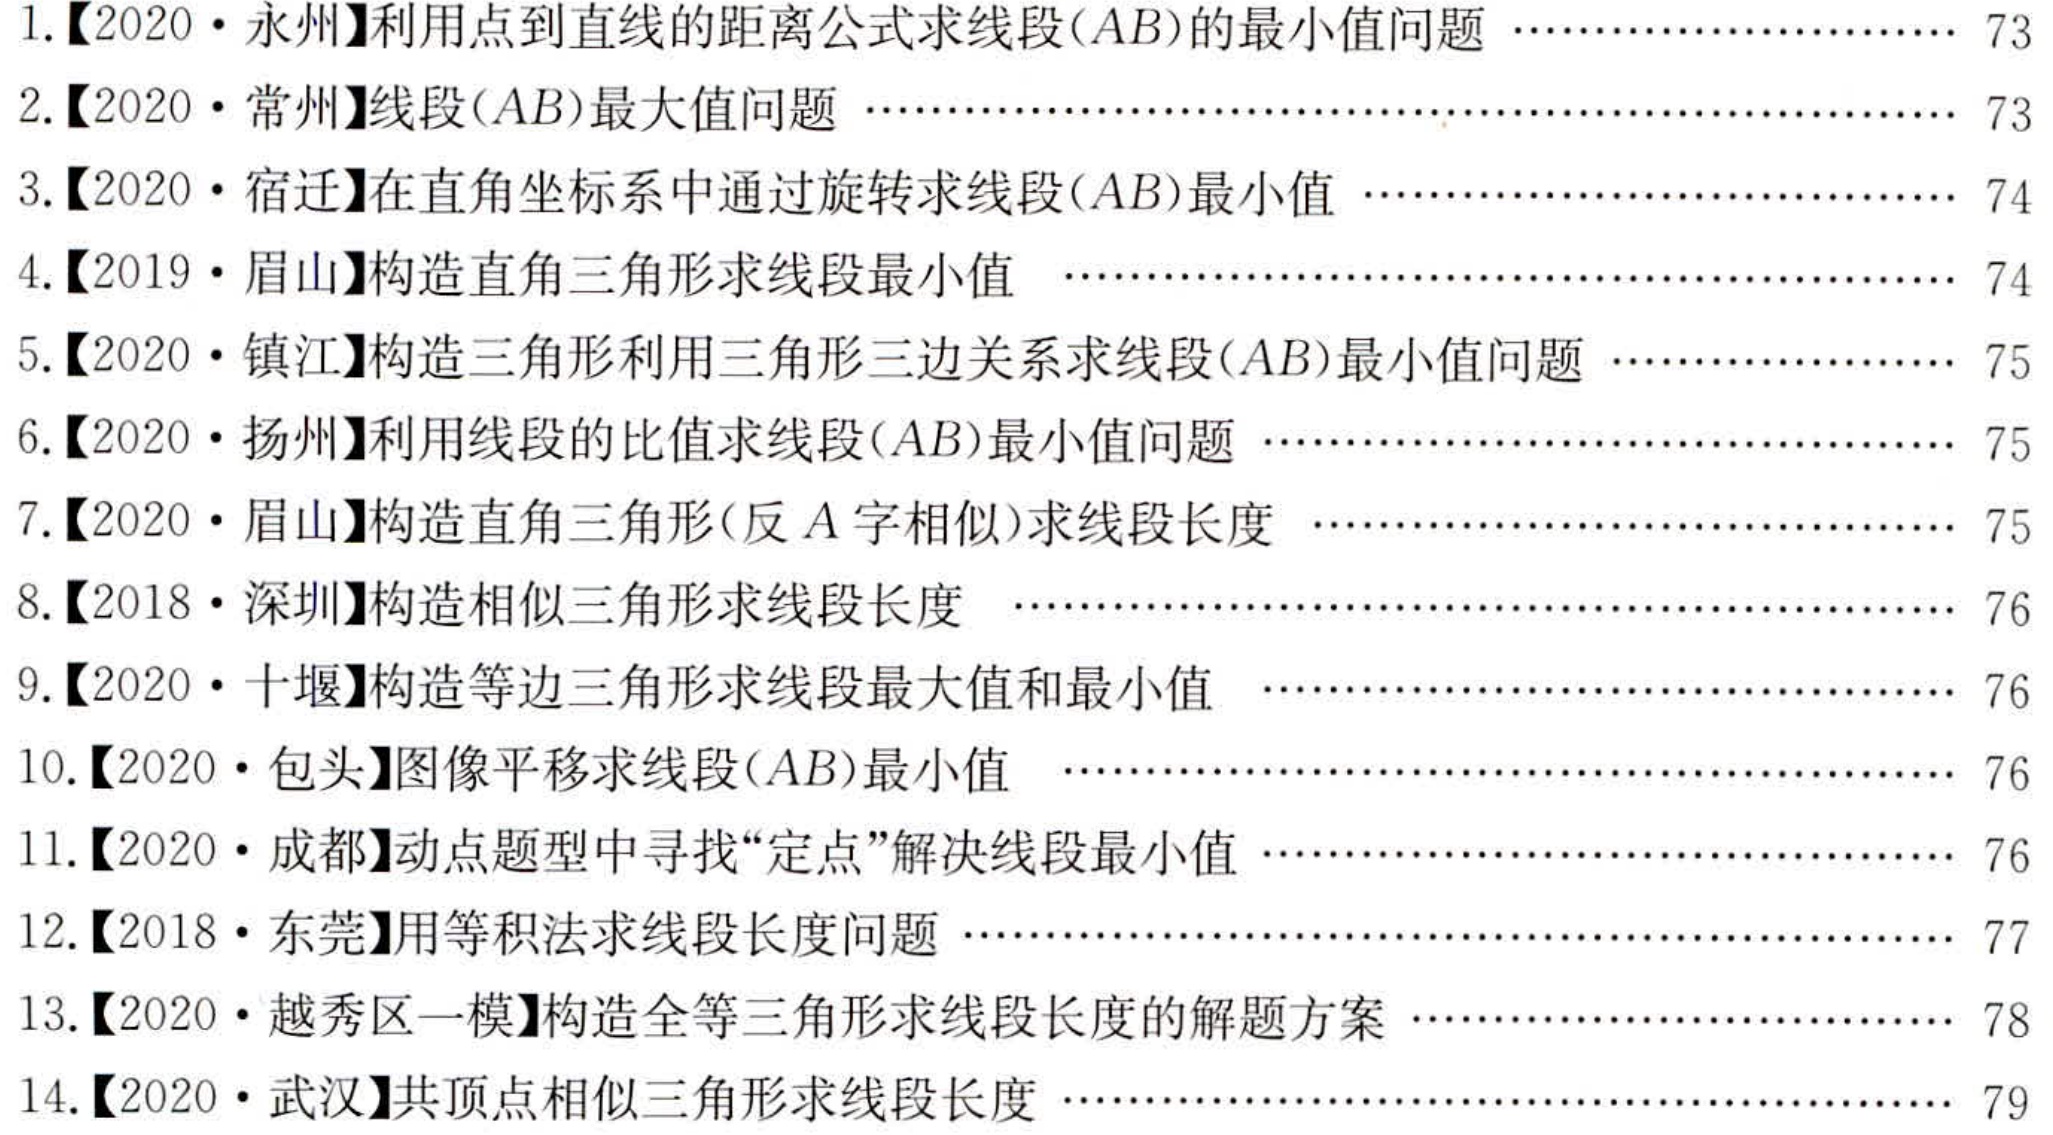
1.【2020·永州】利用点到直线的距离公式求线段\((AB)\)的最小值问题 …… 73
2.【2020·常州】线段\((AB)\)最大值问题 …… 73
3.【2020·宿迁】在直角坐标系中通过旋转求线段\((AB)\)最小值 …… 74
4.【2019·眉山】构造直角三角形求线段最小值 …… 74
5.【2020·镇江】构造三角形利用三角形三边关系求线段\((AB)\)最小值问题 …… 75
6.【2020·扬州】利用线段的比值求线段\((AB)\)最小值问题 …… 75
7.【2020·眉山】构造直角三角形(反\(A\)字相似)求线段长度 …… 75
8.【2018·深圳】构造相似三角形求线段长度 …… 76
9.【2020·十堰】构造等边三角形求线段最大值和最小值 …… 76
10.【2020·包头】图像平移求线段\((AB)\)最小值 …… 76
11.【2020·成都】动点题型中寻找“定点”解决线段最小值 …… 76
12.【2018·东莞】用等积法求线段长度问题 …… 77
13.【2020·越秀区一模】构造全等三角形求线段长度的解题方案 …… 78
14.【2020·武汉】共顶点相似三角形求线段长度 …… 79